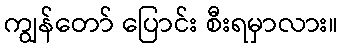
ကျွန်တော် ပြောင်း စီးရမှာလား။